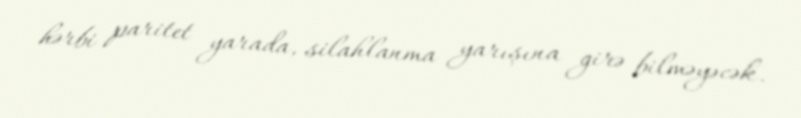
hərbi paritet yarada, silahlanma yarışına girə bilməyəcək.